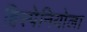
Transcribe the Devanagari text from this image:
हिस्पेनियोला